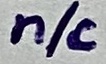
Text: n/c